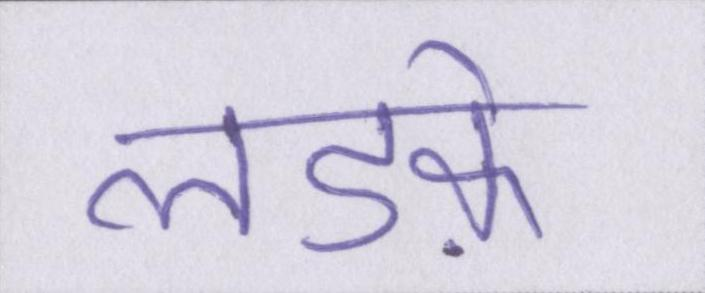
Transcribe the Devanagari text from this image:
लडक़े